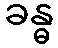
ခန္ဓ